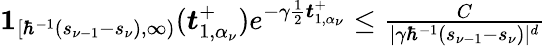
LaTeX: \begin{array}{r}{\boldsymbol{1}_{[\hbar^{-1}(s_{\nu-1}-s_{\nu}),\infty)}(\boldsymbol{t}_{1,\alpha_{\nu}}^{+})e^{-\gamma\frac{1}{2}\boldsymbol{t}_{1,\alpha_{\nu}}^{+}}\leq\frac{C}{|\gamma\hbar^{-1}(s_{\nu-1}-s_{\nu})|^{d}}}\end{array}